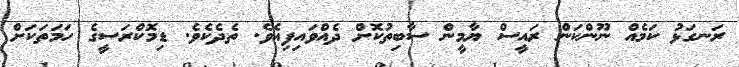
ރަނގަޅު ކަމެއް ނޫންކަން ރައީސް ޔާމީން ސާބިތުކޮށް ދެއްވައިފިއެވެ. ތެދެކެވެ. ޑިމޮކްރަސީގެ ހަމަތަކަށް